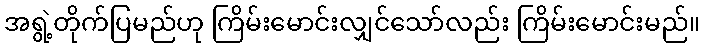
အရွဲ့တိုက်ပြမည်ဟု ကြိမ်းမောင်းလျှင်သော်လည်း ကြိမ်းမောင်းမည်။